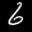
Label: 6